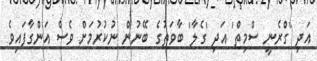
އަދި 'ގްރެނީ ސްމިތް' އަދި 'ގެލާ' ބާވަތުގެ ބޭނުން ނުކުރުމަށް ވެސް އަންގާފައިވެ